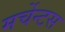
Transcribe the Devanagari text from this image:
मर्चेन्टस